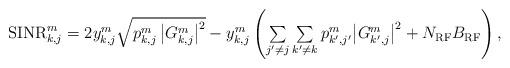
LaTeX: \begin{align*}\begin{array}{l}{\rm SINR}_{k,j}^m= 2y_{k,j}^m \sqrt{{p_{k,j}^m \left|G_{k,j}^m\right|^2}} -y_{k,j}^m \left({{\sum\limits_{j'\ne j} \sum\limits_{k'\ne {{k}}} {p_{k',j'}^{{m}} {{{ \left|G_{k',j}^m\right|^2 }} } } } + N_{\rm RF}B_{\rm RF} } \right),\end{array}\end{align*}